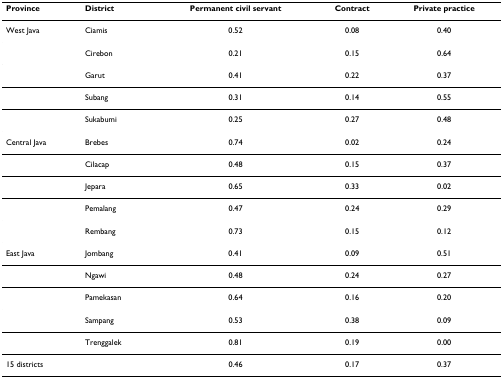
<table><thead><tr><td><b>Province</b></td><td><b>District</b></td><td><b>Permanent civil servant</b></td><td><b>Contract</b></td><td><b>Private practice</b></td></tr></thead><tbody><tr><td>West Java</td><td>Ciamis</td><td>0.52</td><td>0.08</td><td>0.40</td></tr><tr><td></td><td>Cirebon</td><td>0.21</td><td>0.15</td><td>0.64</td></tr><tr><td></td><td>Garut</td><td>0.41</td><td>0.22</td><td>0.37</td></tr><tr><td></td><td>Subang</td><td>0.31</td><td>0.14</td><td>0.55</td></tr><tr><td></td><td>Sukabumi</td><td>0.25</td><td>0.27</td><td>0.48</td></tr><tr><td>Central Java</td><td>Brebes</td><td>0.74</td><td>0.02</td><td>0.24</td></tr><tr><td></td><td>Cilacap</td><td>0.48</td><td>0.15</td><td>0.37</td></tr><tr><td></td><td>Jepara</td><td>0.65</td><td>0.33</td><td>0.02</td></tr><tr><td></td><td>Pemalang</td><td>0.47</td><td>0.24</td><td>0.29</td></tr><tr><td></td><td>Rembang</td><td>0.73</td><td>0.15</td><td>0.12</td></tr><tr><td>East Java</td><td>Jombang</td><td>0.41</td><td>0.09</td><td>0.51</td></tr><tr><td></td><td>Ngawi</td><td>0.48</td><td>0.24</td><td>0.27</td></tr><tr><td></td><td>Pamekasan</td><td>0.64</td><td>0.16</td><td>0.20</td></tr><tr><td></td><td>Sampang</td><td>0.53</td><td>0.38</td><td>0.09</td></tr><tr><td></td><td>Trenggalek</td><td>0.81</td><td>0.19</td><td>0.00</td></tr><tr><td>15 districts</td><td></td><td>0.46</td><td>0.17</td><td>0.37</td></tr></tbody></table>